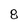
Character: 8